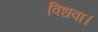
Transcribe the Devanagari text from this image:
विधवा।